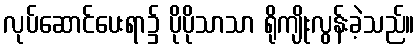
လုပ်ဆောင်ပေးရာ၌ ပိုပိုသာသာ ရိုကျိုးလွန်းခဲ့သည်။